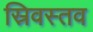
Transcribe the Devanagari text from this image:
स्रिवस्तव